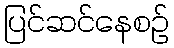
ပြင်ဆင်နေစဉ်